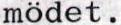
mödet.